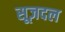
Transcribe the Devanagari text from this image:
सूज़दल